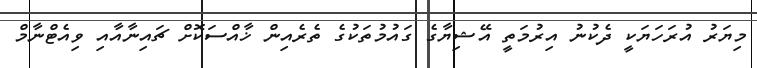
މިޔަރު އުރަހަޔަކީ ދެކުނު އިރުމަތީ އޭޝިޔާގެ ގައުމުތަކުގެ ތެރެއިން ޚާއްސަކޮށް ޗައިނާއާއި ވިއެޓްނާމް